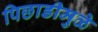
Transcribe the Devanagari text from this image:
पिछाडीमुळे